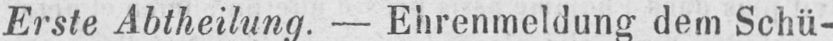
Erste Abtheilung. - Ehrenmeldung dem Schü-